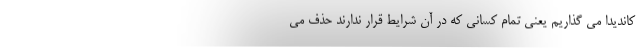
کاندیدا می گذاریم یعنی تمام کسانی که در آن شرایط قرار ندارند حذف می